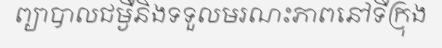
ព្យាបាលជម្ងឺនិងទទួលមរណះភាពនៅទីក្រុង